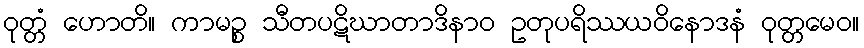
ဝုတ္တံ ဟောတိ။ ကာမဉ္စ သီတပဋိဃာတာဒိနာဝ ဥတုပရိဿယဝိနောဒနံ ဝုတ္တမေဝ။